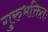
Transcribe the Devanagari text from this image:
गुरुभक्तितः